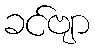
ခင်ဗျာ